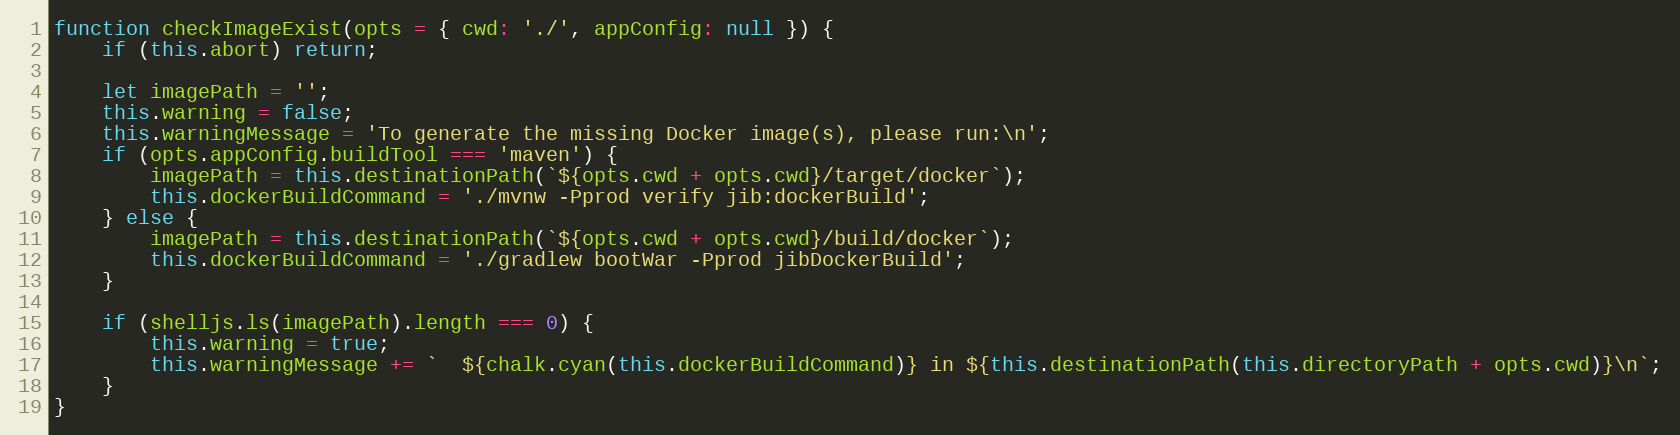
Language: JavaScript
function checkImageExist(opts = { cwd: './', appConfig: null }) {
    if (this.abort) return;

    let imagePath = '';
    this.warning = false;
    this.warningMessage = 'To generate the missing Docker image(s), please run:\n';
    if (opts.appConfig.buildTool === 'maven') {
        imagePath = this.destinationPath(`${opts.cwd + opts.cwd}/target/docker`);
        this.dockerBuildCommand = './mvnw -Pprod verify jib:dockerBuild';
    } else {
        imagePath = this.destinationPath(`${opts.cwd + opts.cwd}/build/docker`);
        this.dockerBuildCommand = './gradlew bootWar -Pprod jibDockerBuild';
    }

    if (shelljs.ls(imagePath).length === 0) {
        this.warning = true;
        this.warningMessage += `  ${chalk.cyan(this.dockerBuildCommand)} in ${this.destinationPath(this.directoryPath + opts.cwd)}\n`;
    }
}